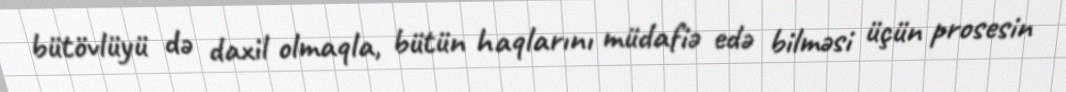
bütövlüyü də daxil olmaqla, bütün haqlarını müdafiə edə bilməsi üçün prosesin